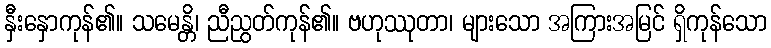
နှီးနှောကုန်၏။ သမေန္တိ၊ ညီညွတ်ကုန်၏။ ဗဟုဿုတာ၊ များသော အကြားအမြင် ရှိကုန်သော